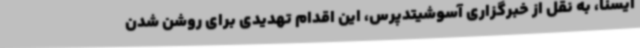
ایسنا، به نقل از خبرگزاری آسوشیتدپرس، این اقدام تهدیدی برای روشن شدن